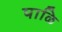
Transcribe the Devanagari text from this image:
पाळि